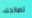
لصالحك